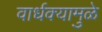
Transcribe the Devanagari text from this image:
वार्धक्यामुळे